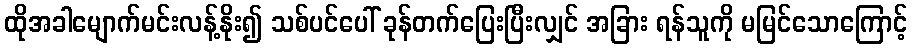
ထိုအခါမျောက်မင်းလန့်နိုး၍ သစ်ပင်ပေါ် ခုန်တက်ပြေးပြီးလျှင် အခြား ရန်သူကို မမြင်သောကြောင့်